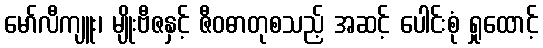
မော်လီကျူး၊ မျိုးဗီဇနှင့် ဇီဝဓာတုစသည့် အဆင့် ပေါင်းစုံ ရှုထောင့်